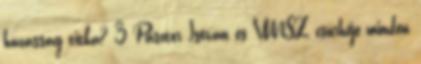
házasság titka? 3 Pásztor István és VMSZ csürhéje minden